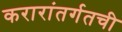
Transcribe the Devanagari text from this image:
करारांतर्गतची